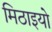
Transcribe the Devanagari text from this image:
मिठाइयो